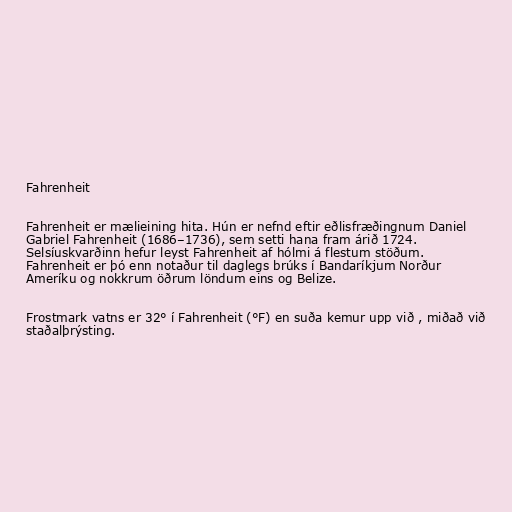
Fahrenheit

Fahrenheit er mælieining hita. Hún er nefnd eftir eðlisfræðingnum Daniel
Gabriel Fahrenheit (1686–1736), sem setti hana fram árið 1724.
Selsíuskvarðinn hefur leyst Fahrenheit af hólmi á flestum stöðum.
Fahrenheit er þó enn notaður til daglegs brúks í Bandaríkjum Norður
Ameríku og nokkrum öðrum löndum eins og Belize.

Frostmark vatns er 32° í Fahrenheit (°F) en suða kemur upp við , miðað við
staðalþrýsting.